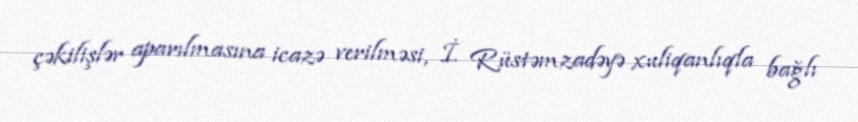
çəkilişlər aparılmasına icazə verilməsi, İ. Rüstəmzadəyə xuliqanlıqla bağlı